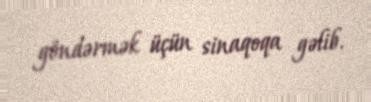
göndərmək üçün sinaqoqa gəlib.